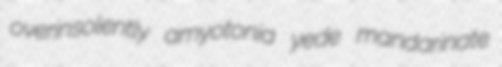
overinsolently amyotonia yede mandarinate